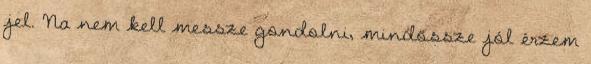
jel. Na nem kell messze gondolni, mindössze jól érzem